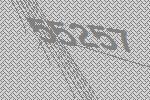
55257